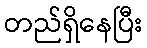
တည်ရှိနေပြီး